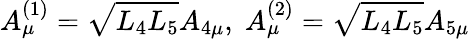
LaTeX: A_{\mu}^{(1)}=\sqrt{L_{4}L_{5}}A_{4\mu},\; A_{\mu}^{(2)}=\sqrt{L_{4}L_{5}}A_{5\mu}